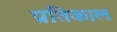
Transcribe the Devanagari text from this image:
प्रतिकाल